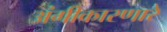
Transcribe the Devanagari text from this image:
अंगीकारणारे